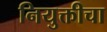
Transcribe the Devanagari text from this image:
नियुक्तीचा